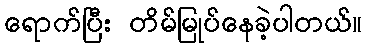
ရောက်ပြီး တိမ်မြုပ်နေခဲ့ပါတယ်။